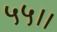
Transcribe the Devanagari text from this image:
५५।।